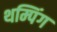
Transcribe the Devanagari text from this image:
थम्पिंग